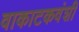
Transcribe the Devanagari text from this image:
वाकाटकवंशी